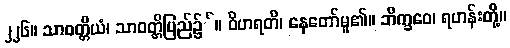
၂၂၆။ သာဝတ္တိယံ၊ သာဝတ္တိပြည်၌်။ ဝိဟရတိ၊ နေတော်မူ၏။ ဘိက္ခဝေ၊ ရဟန်းတို့။